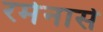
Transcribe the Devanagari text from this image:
रमेनासे